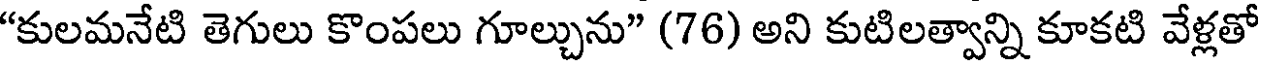
"కులమనేటి తెగులు కొంపలు గూల్చును" (76) అని కుటిలత్వాన్ని కూకటి వేళ్లతో